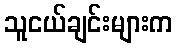
သူငယ်ချင်းများက